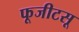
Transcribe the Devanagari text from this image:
फूजीटसू